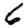
Digit: 6